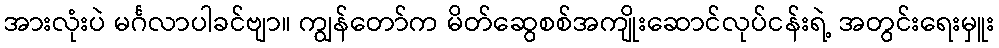
အားလုံးပဲ မင်္ဂလာပါခင်ဗျာ။ ကျွန်တော်က မိတ်ဆွေစစ်အကျိုးဆောင်လုပ်ငန်းရဲ့ အတွင်းရေးမှူး